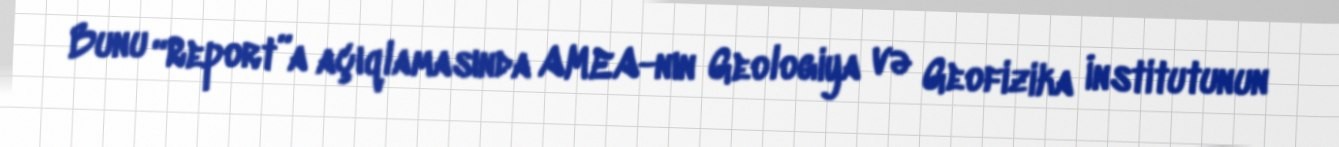
Bunu “Report”a açıqlamasında AMEA-nın Geologiya və Geofizika İnstitutunun